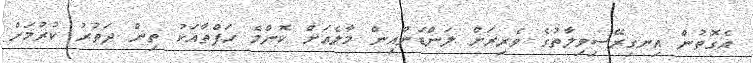
އެގޮތުން އިނގިރޭސިވިލާތުގެ ވެރިރަށް ލަންޑަންއިން މާލެއަށް ކޮންމެ ހަފްތާއަކު ތިން ދަތުރު ކުރުމަށް